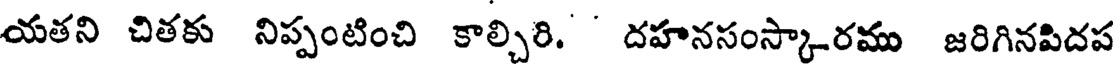
యతని చితకు నిప్పంటించి కాల్చిరి. ' దహనసంస్కారము జరిగినపిదప